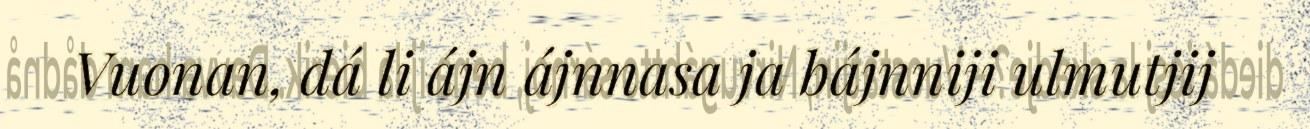
Vuonan, dá li ájn ájnnasa ja bájnniji ulmutjij